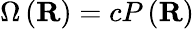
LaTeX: \Omega\left(\mathbf{R}\right)=cP\left(\mathbf{R}\right)